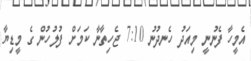
އެމީހާ ފެނުނީ މިއަދު ހެނދުނު 7:10 ޖެހިތާނާ ކަމަށް ފުލުހުން ގެ މީޑިޔާ